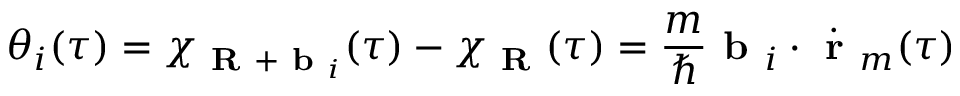
\theta _ { i } ( \tau ) = \chi _ { \textbf { R } + \textbf { b } _ { i } } ( \tau ) - \chi _ { \textbf { R } } ( \tau ) = \frac { m } { \hbar } \textbf { b } _ { i } \cdot \dot { \textbf { r } } _ { m } ( \tau )